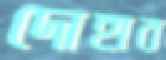
দোহাব